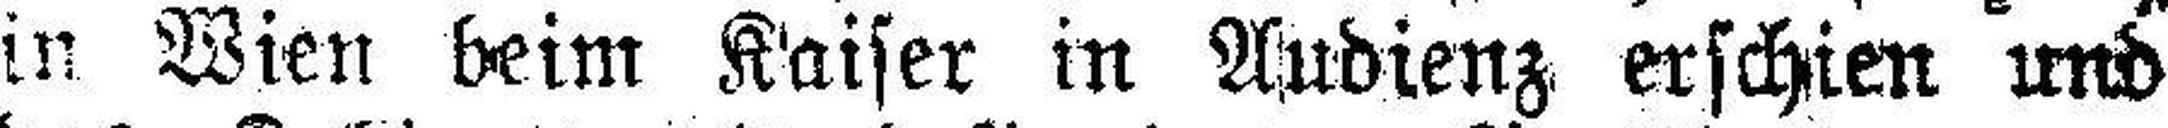
in Wien beim Kaiser in Audienz erschien und